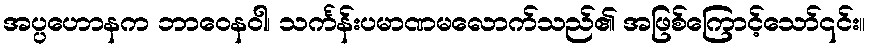
အပ္ပဟောနက ဘာဝေနဝါ၊ သင်္ကန်းပမာဏမလောက်သည်၏ အဖြစ်ကြောင့်သော်၎င်း။